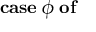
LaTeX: \mathbf { c a s e } \; \phi \; \mathbf { o f }